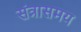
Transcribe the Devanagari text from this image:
संत्रासमय